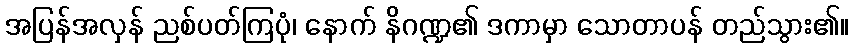
အပြန်အလှန် ညစ်ပတ်ကြပုံ၊ နောက် နိဂဏ္ဍ၏ ဒကာမှာ သောတာပန် တည်သွား၏။